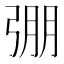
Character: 弸